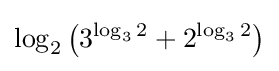
\log _{2}\left(3^{\log _{3}2}+2^{\log _{3}2}\right)